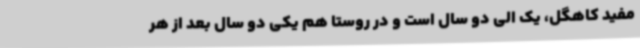
مفید کاهگل، یک الی دو سال است و در روستا هم یکی دو سال بعد از هر